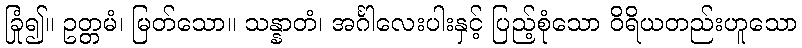
ခြုံ၍။ ဥတ္တမံ၊ မြတ်သော။ သန္နာတံ၊ အင်္ဂါလေးပါးနှင့် ပြည့်စုံသော ဝိရိယတည်းဟူသော